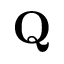
\mathbf { Q }